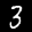
Label: 3